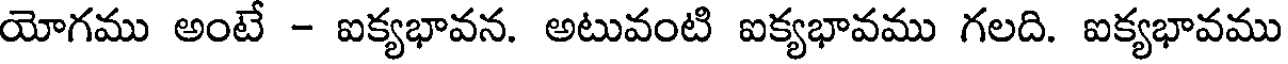
యోగము అంటే - ఐక్యభావన. అటువంటి ఐక్యభావము గలది. ఐక్యభావము